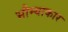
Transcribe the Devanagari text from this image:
भौम्याकार